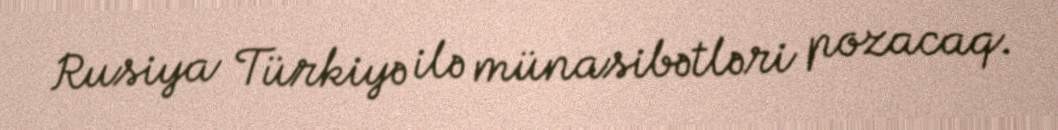
Rusiya Türkiyə ilə münasibətləri pozacaq.